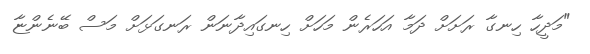
"މަދީހާ ހިނގާ ރަށަށް ދަމާ އަހަރެން މަހަށް ހިނގައިދާނަން ރަނގަޅަށް މަސް ބޭނެންޏާ